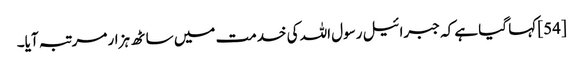
[54] کہا گیا ہے کہ جبرائیل رسول اللہ کی خدمت میں ساٹھ ہزار مرتبہ آیا۔